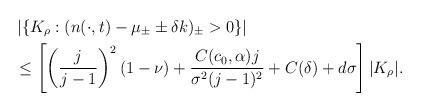
LaTeX: \begin{align*}& \left| \{ K_{\rho}: (n(\cdot, t)-\mu_{\pm}\pm \delta k)_{\pm} > 0 \} \right| \\&\leq \left[ \left(\frac{j}{j-1}\right)^2 (1-\nu) + \frac{C(c_0,\alpha) j}{\sigma^2 (j-1)^2} + C(\delta) + d \sigma\right]|K_{\rho}|.\end{align*}